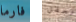
فارما لحفل